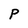
Character: P